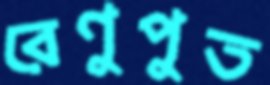
রেণুপুত